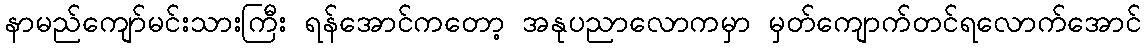
နာမည်ကျော်မင်းသားကြီး ရန်အောင်ကတော့ အနုပညာလောကမှာ မှတ်ကျောက်တင်ရလောက်အောင်